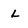
Character: L